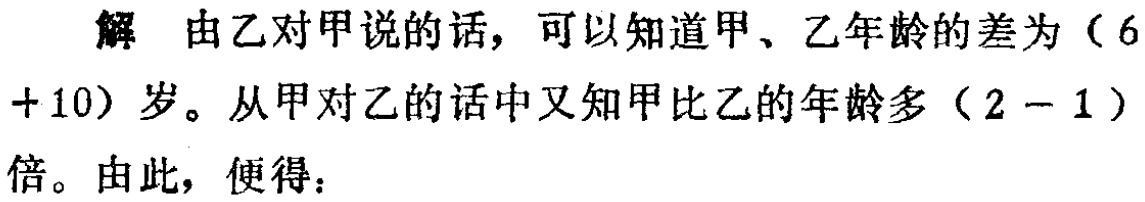
解 由乙对甲说的话，可以知道甲、乙年龄的差为（6

+ 10）岁。从甲对乙的话中又知甲比乙的年龄多（2 - 1）

倍。由此，便得：